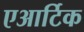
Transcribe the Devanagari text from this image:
एआर्टिक